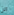
الن